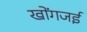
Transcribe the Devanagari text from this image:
खोंगजई